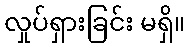
လှုပ်ရှားခြင်း မရှိ။